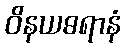
ဝိနယဓရာနံ